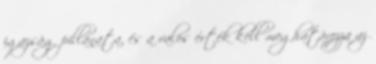
igazság pillanata, és a valós érték kell meghatározza az